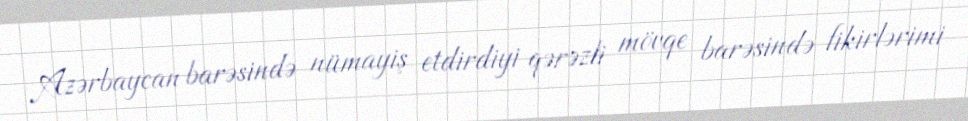
Azərbaycan barəsində nümayiş etdirdiyi qərəzli mövqe barəsində fikirlərimi